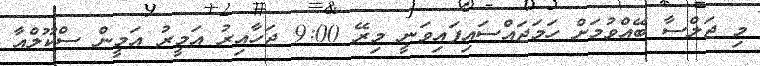
މި ޖަލްސާ ބޭއްވުމަށް ހަމަޖައްސައިފައިވަނީ މިރޭ 9:00 ޖަހާއިރު އަމީރު އަމީން ސްކޫލްއާ